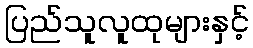
ပြည်သူလူထုများနှင့်